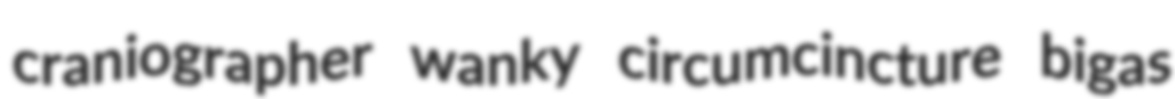
craniographer wanky circumcincture bigas